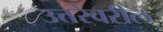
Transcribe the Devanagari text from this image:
उत्तरेवरील